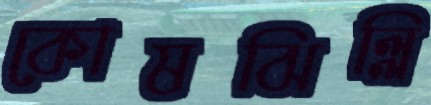
কোষঝিল্লি